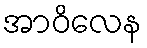
အာဝိလေန